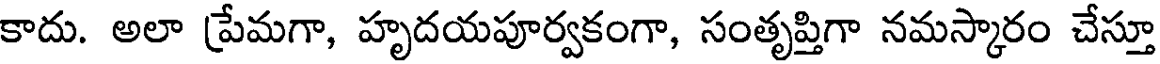
కాదు. అలా ప్రేమగా, హృదయపూర్వకంగా, సంతృప్తిగా నమస్కారం చేస్తూ